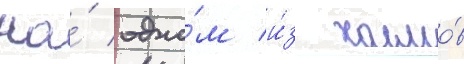
На́ одно́м и́з холмо́в